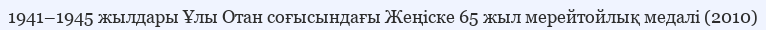
1941–1945 жылдары Ұлы Отан соғысындағы Жеңіске 65 жыл мерейтойлық медалі (2010)